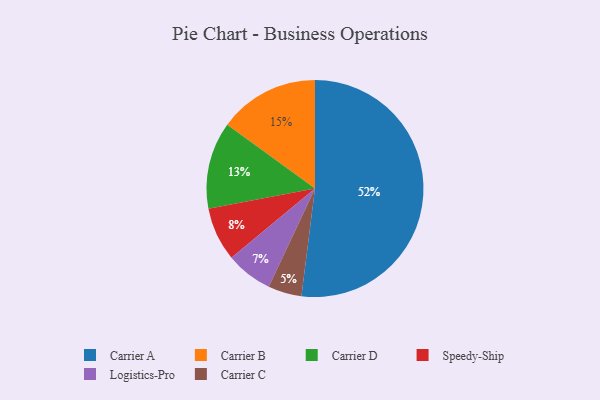
{"axis": {"x": "Category", "y": "Percentage"}, "legend": ["Carrier A", "Carrier B", "Carrier C", "Carrier D", "Logistics-Pro", "Speedy-Ship"], "data": [{"x": "Carrier B", "y": 15, "type": "Carrier B"}, {"x": "Speedy-Ship", "y": 8, "type": "Speedy-Ship"}, {"x": "Carrier C", "y": 5, "type": "Carrier C"}, {"x": "Carrier A", "y": 52, "type": "Carrier A"}, {"x": "Carrier D", "y": 13, "type": "Carrier D"}, {"x": "Logistics-Pro", "y": 7, "type": "Logistics-Pro"}]}